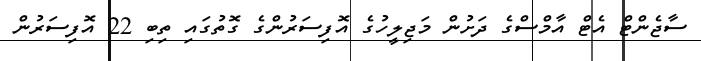
ސާޖެންޓް އެޓް އާމްސްގެ ދަށުން މަޖިލީހުގެ އޮފިސަރުންގެ ގޮތުގައި ތިބި 22 އޮފިސަރުން